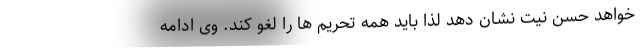
خواهد حسن نیت نشان دهد لذا باید همه تحریم ها را لغو کند. وی ادامه